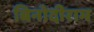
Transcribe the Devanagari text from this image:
बिनोदीराम